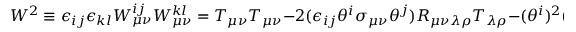
W ^ { 2 } \equiv \epsilon _ { i j } \epsilon _ { k l } W _ { \mu \nu } ^ { i j } W _ { \mu \nu } ^ { k l } = T _ { \mu \nu } T _ { \mu \nu } - 2 ( \epsilon _ { i j } \theta ^ { i } \sigma _ { \mu \nu } \theta ^ { j } ) R _ { \mu \nu \lambda \rho } T _ { \lambda \rho } - ( \theta ^ { i } ) ^ { 2 } ( \theta ^ { j } ) ^ { 2 } R _ { \mu \nu \lambda \rho } R _ { \mu \nu \lambda \rho } + \dots